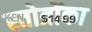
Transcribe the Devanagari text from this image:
स्तोत्रोंका